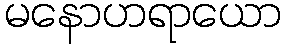
မနောဟရာယော